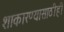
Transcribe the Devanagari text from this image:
शाकारण्यासाठीही